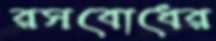
রসবোধের